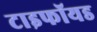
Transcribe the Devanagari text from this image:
टाइफॉयड